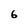
Character: 6